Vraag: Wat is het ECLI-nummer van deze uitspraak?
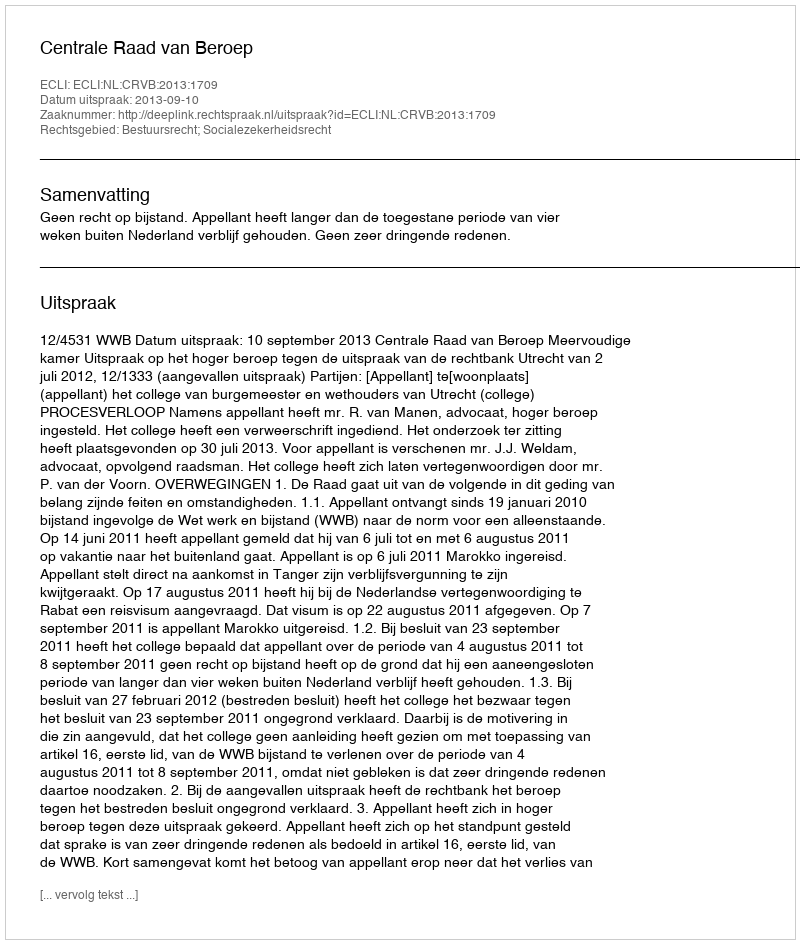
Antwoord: ECLI:NL:CRVB:2013:1709